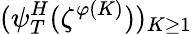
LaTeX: (\psi_{T}^{H}(\zeta^{\varphi(K)}))_{K\geq 1}